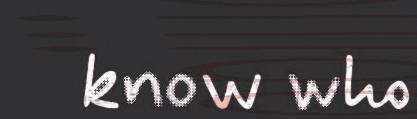
know who